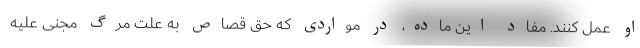
او عمل کنند. مفاد این ماده، در مواردی که حق قصاص به علت مرگ مجنی علیه